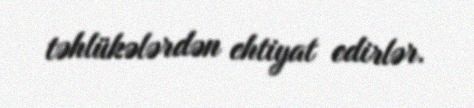
təhlükələrdən ehtiyat edirlər.